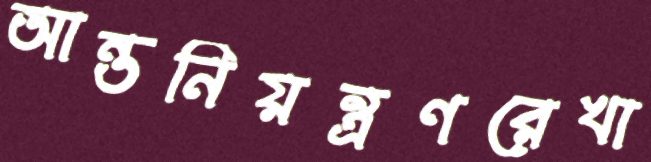
আন্তনিয়ন্ত্রণরেখা